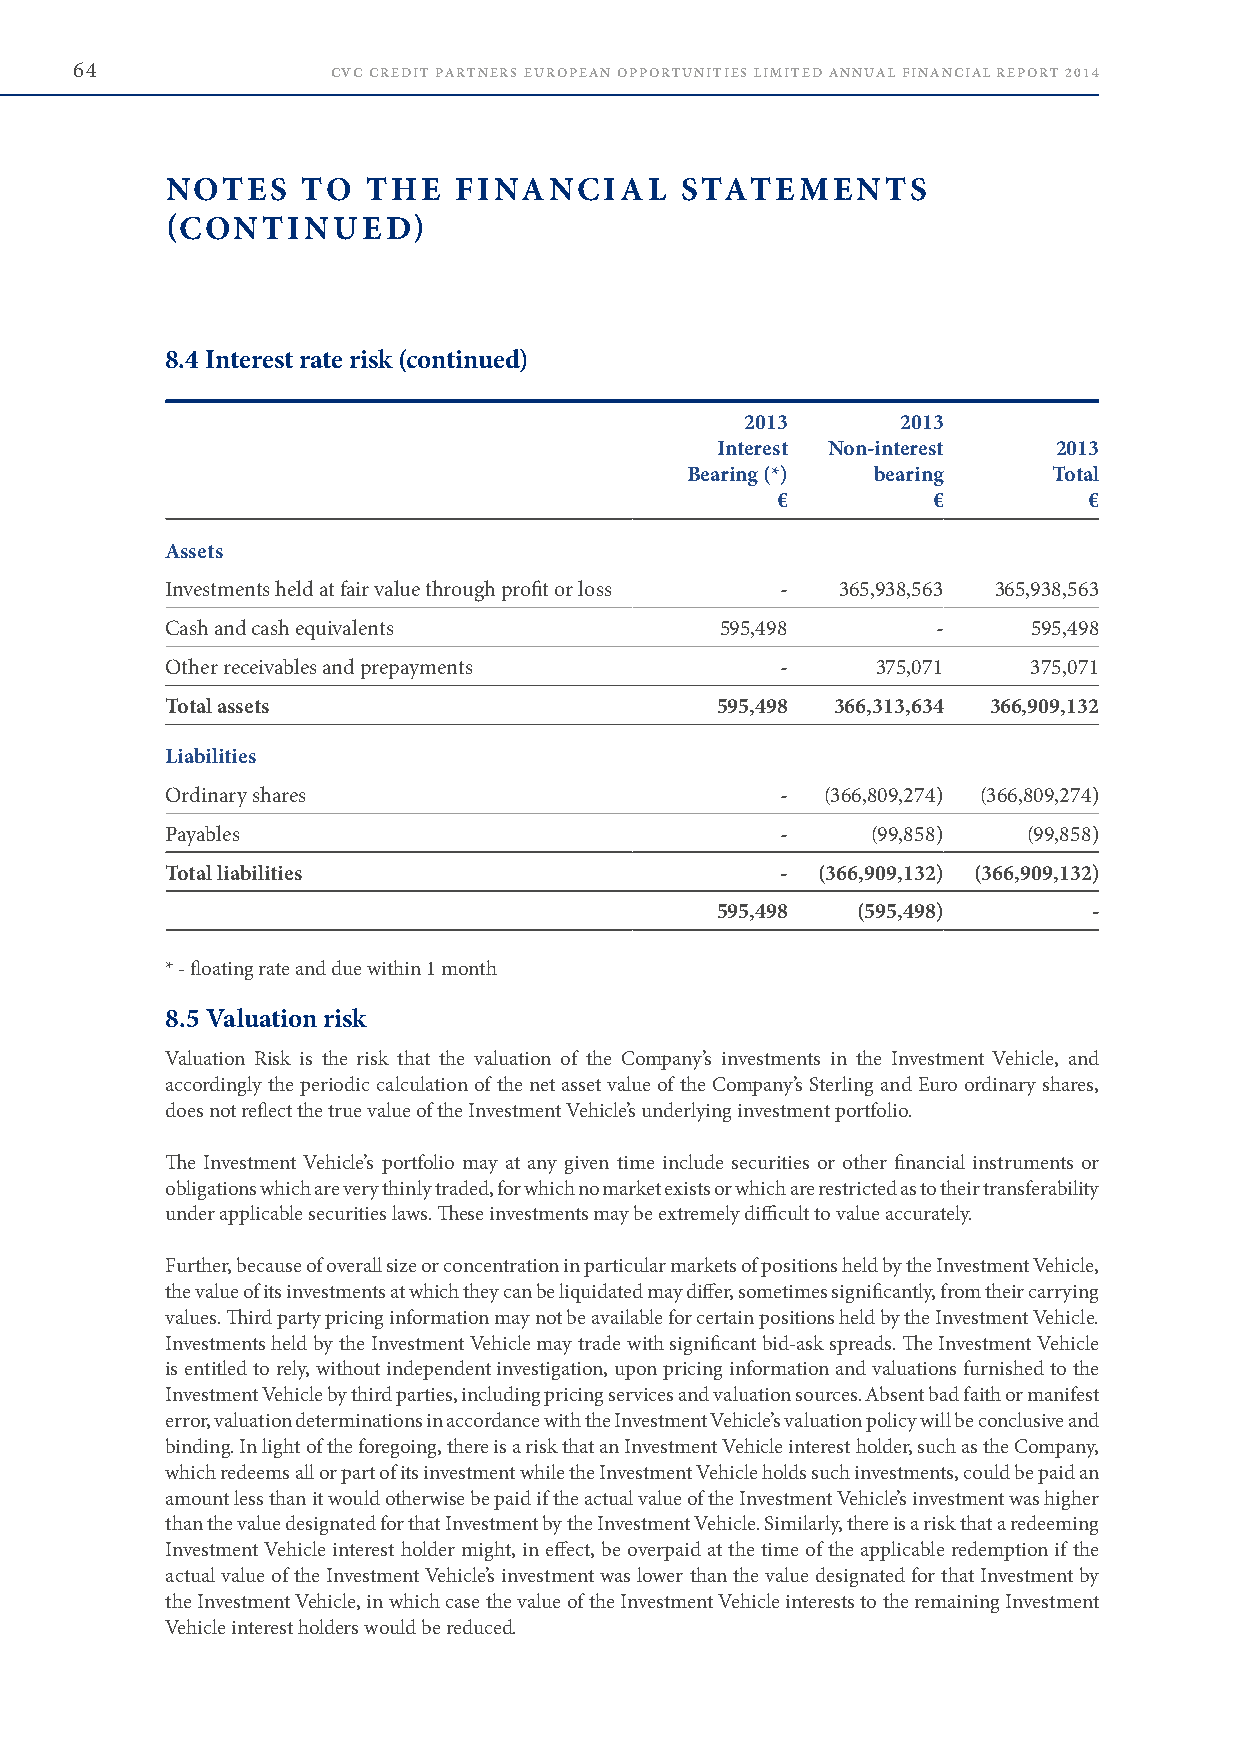
64               CVC CREDIT PARTNERS EUROPEAN OPPORTUNITIES LIMITED ANNUAL FINANCIAL REPORT 2014
 NOTES    TO  THE   FINANCIAL      STATEMENTS
 (CONTINUED)
 8.4 Interest rate risk (continued)
 2013       2013
 Interest Non-interest  2013
 Bearing (*)  bearing     Total
 €          €         €
 Assets
 Investments held at fair value through profit or loss - 365,938,563 365,938,563
 Cash and cash equivalents            595,498       -     595,498
 Other receivables and prepayments        -     375,071   375,071
 Total assets                        595,498 366,313,634 366,909,132
 Liabilities
 Ordinary shares                          -  (366,809,274) (366,809,274)
 Payables                                 -     (99,858)  (99,858)
 Total liabilities                        - (366,909,132) (366,909,132)
 595,498   (595,498)      -
 * - floating rate and due within 1 month
 8.5 Valuation risk
 Valuation Risk is the risk that the valuation of the Company’s investments in the Investment Vehicle, and
 accordingly the periodic calculation of the net asset value of the Company’s Sterling and Euro ordinary shares,
 does not reflect the true value of the Investment Vehicle’s underlying investment portfolio .
 The Investment Vehicle’s portfolio may at any given time include securities or other financial instruments or
 obligations which are very thinly traded, for which no market exists or which are restricted as to their transferability
 under applicable securities laws . These investments may be extremely difficult to value accurately .
 Further, because of overall size or concentration in particular markets of positions held by the Investment Vehicle,
 the value of its investments at which they can be liquidated may differ, sometimes significantly, from their carrying
 values . Third party pricing information may not be available for certain positions held by the Investment Vehicle .
 Investments held by the Investment Vehicle may trade with significant bid-ask spreads . The Investment Vehicle
 is entitled to rely, without independent investigation, upon pricing information and valuations furnished to the
 Investment Vehicle by third parties, including pricing services and valuation sources . Absent bad faith or manifest
 error, valuation determinations in accordance with the Investment Vehicle’s valuation policy will be conclusive and
 binding . In light of the foregoing, there is a risk that an Investment Vehicle interest holder, such as the Company,
 which redeems all or part of its investment while the Investment Vehicle holds such investments, could be paid an
 amount less than it would otherwise be paid if the actual value of the Investment Vehicle’s investment was higher
 than the value designated for that Investment by the Investment Vehicle . Similarly, there is a risk that a redeeming
 Investment Vehicle interest holder might, in effect, be overpaid at the time of the applicable redemption if the
 actual value of the Investment Vehicle’s investment was lower than the value designated for that Investment by
 the Investment Vehicle, in which case the value of the Investment Vehicle interests to the remaining Investment
 Vehicle interest holders would be reduced .